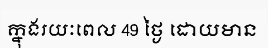
ក្នុងរយៈពេល 49 ថ្ងៃ ដោយមាន